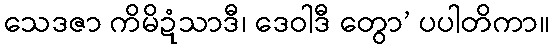
သေဒဇာ ကိမိဍံသာဒီ၊ ဒေဝါဒီ တွော’ ပပါတိကာ။